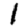
Digit: 1